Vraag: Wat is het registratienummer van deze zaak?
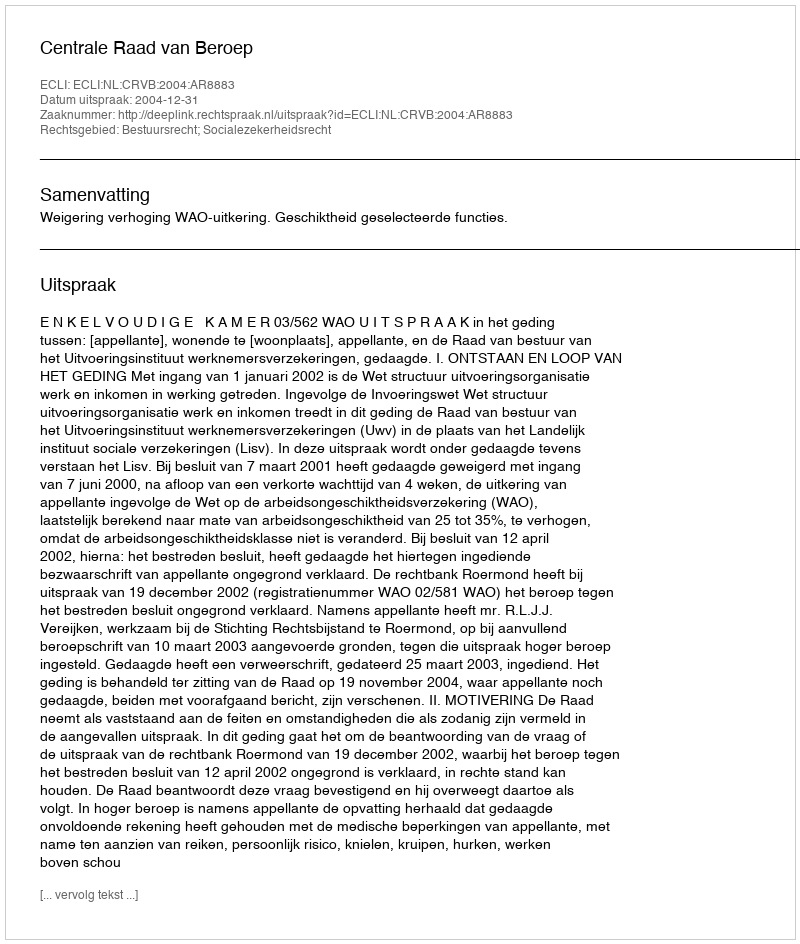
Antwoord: http://deeplink.rechtspraak.nl/uitspraak?id=ECLI:NL:CRVB:2004:AR8883